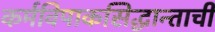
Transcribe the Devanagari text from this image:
कर्मविपाकसिद्धान्ताची